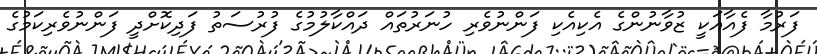
ފަރުމާ ފެއާއަކީ ޒުވާނުންގެ އެކިއެކި ފަންނުވެރި ހުނަރުތައް ދައްކާލުމުގެ ފުރުސަތު ފަދިކޮށްދީ ފަންނުވެރިކަމުގެ